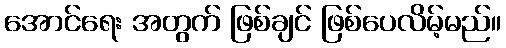
အောင်ရေး အတွက် ဖြစ်ချင် ဖြစ်ပေလိမ့်မည်။